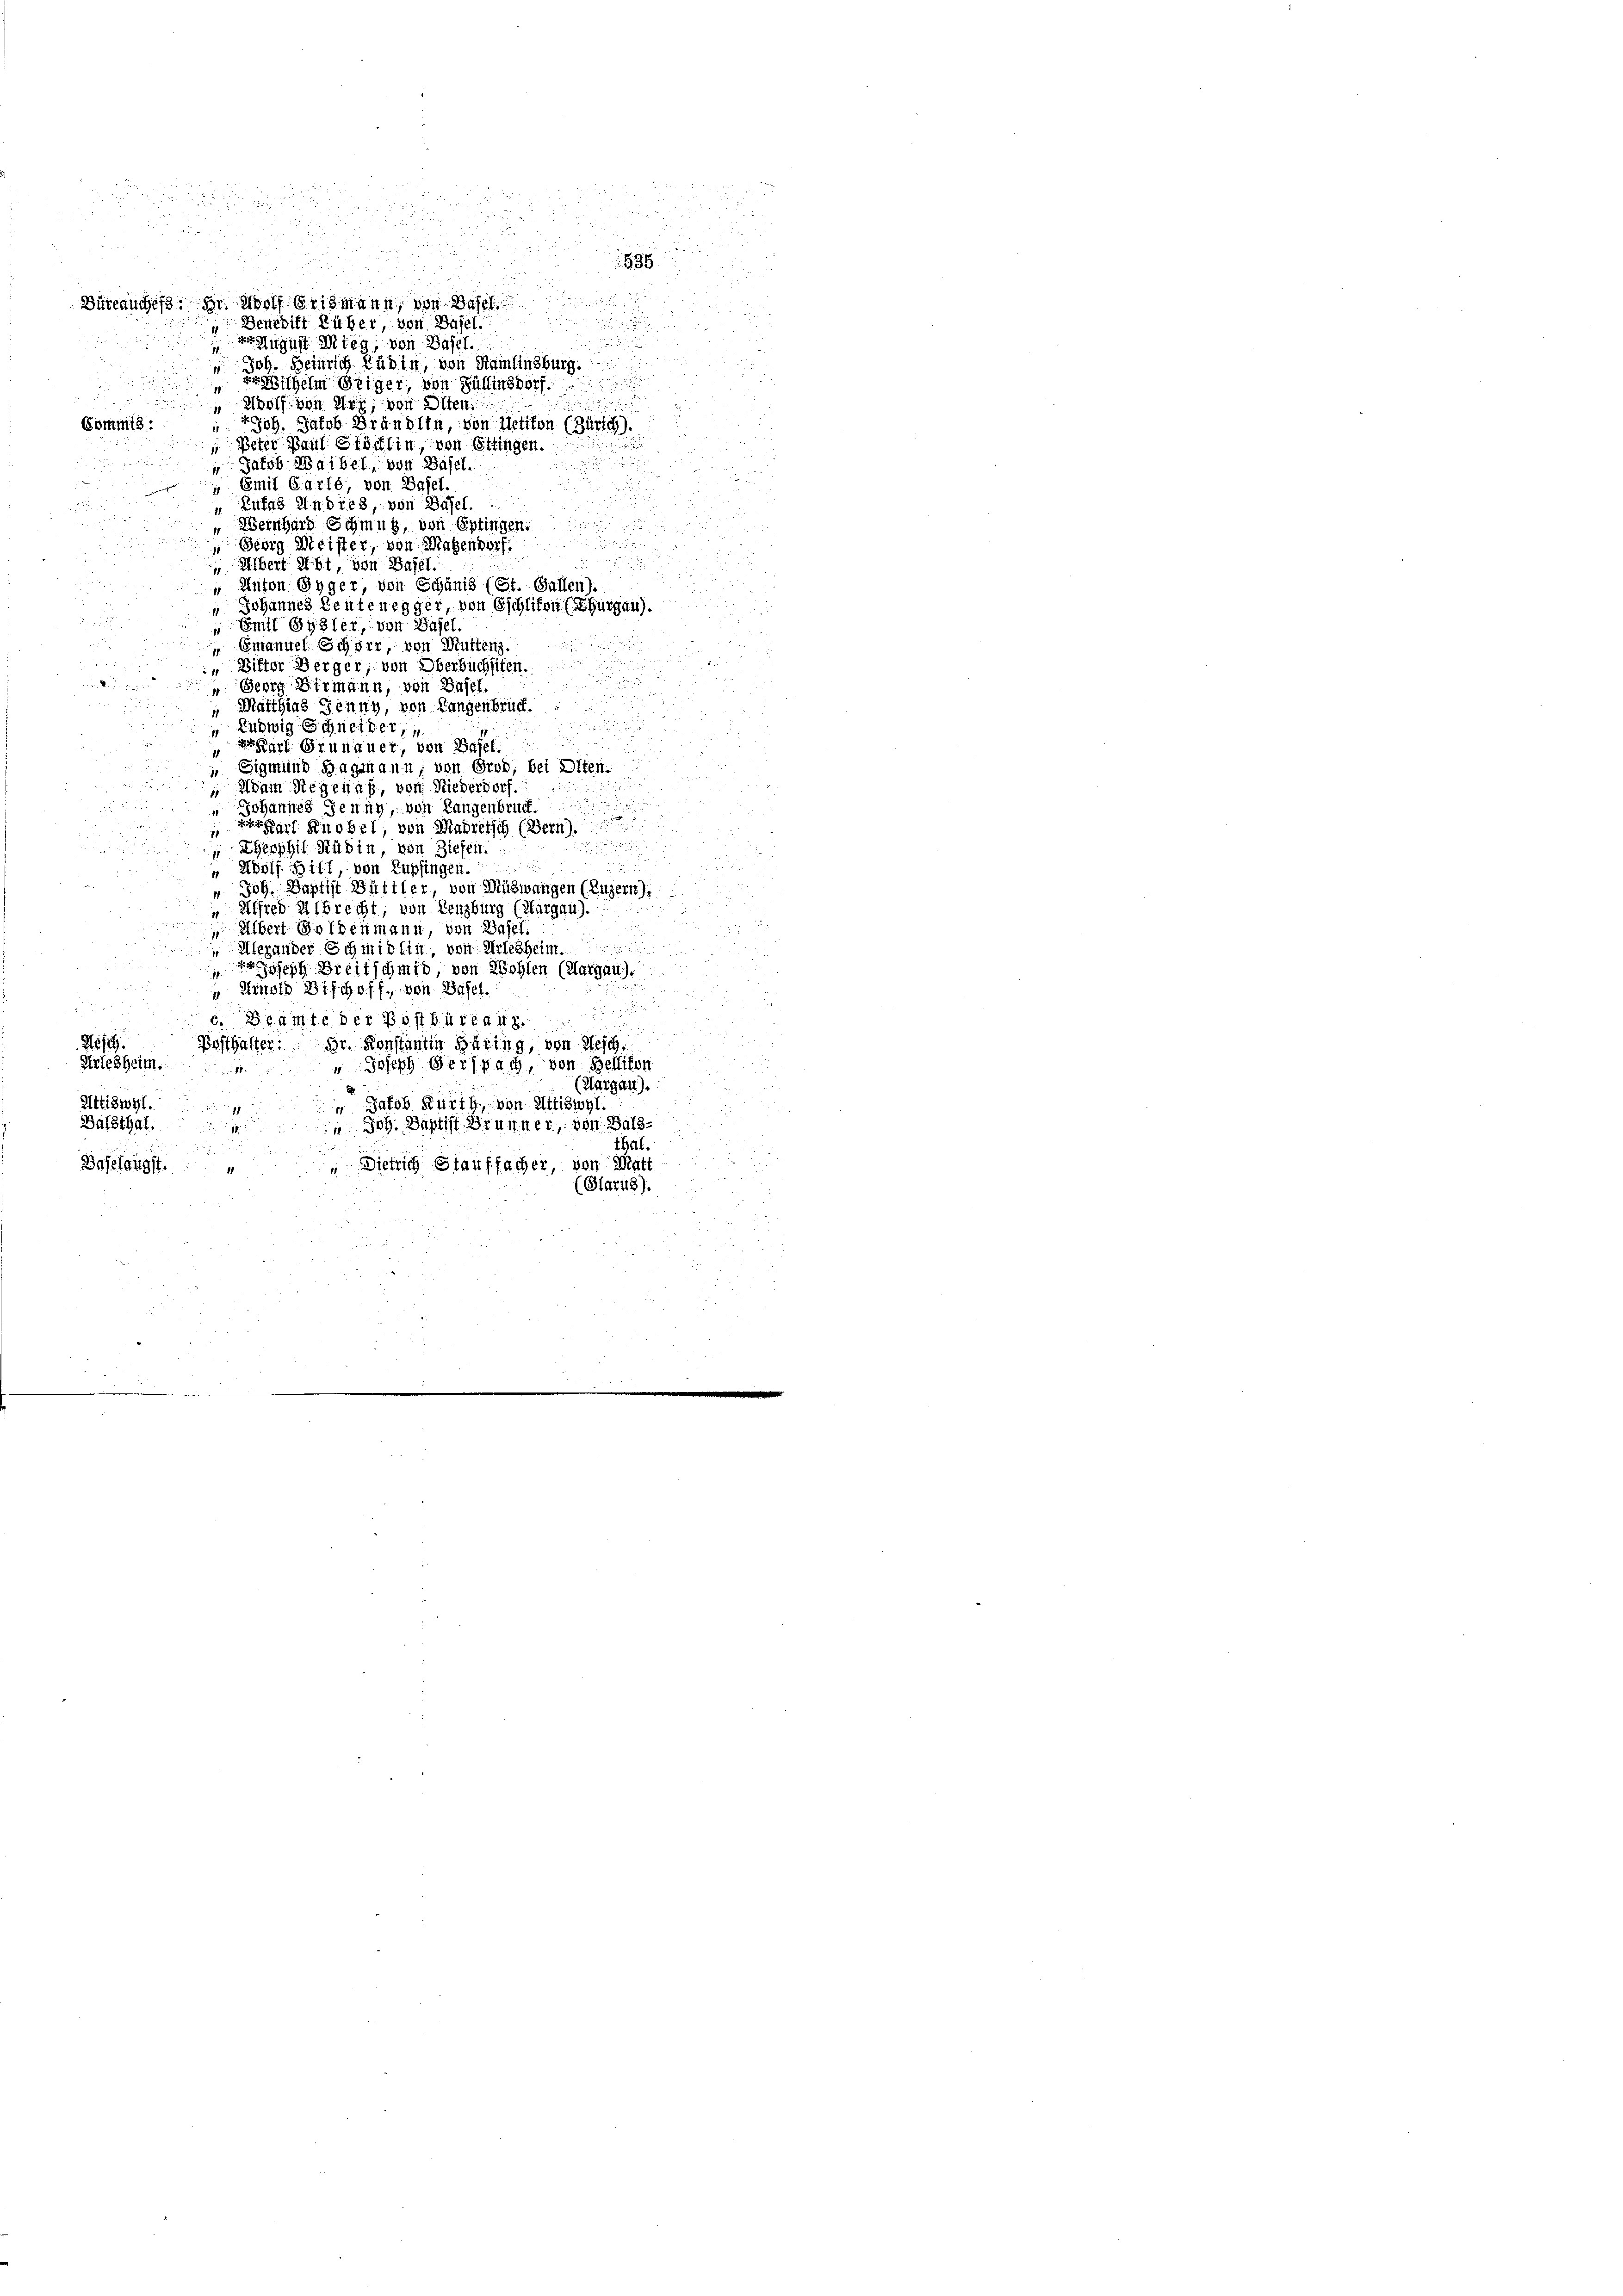
u

¬
.

.
836.
Büreauches. Hr. Wolf Brismann, von Basel

Denedikt liber, von Basel.

er August Mieg, von Basel.
Joh. Beinrich Rüdin, von Hamlinsburg.
rithelm Geiger, von Züllinsdorf.
n
" Wolf von Wir, von Olten.
 Joh. Jakob Brändlin, von Uetikon (Zürich).
Commis:
 Peter Paul Stöcklin, von Ettingen.
 Jakob Waibel, von Basel.
Emil Garlé, von Basel.
 Zutas Indies, von Basel.
 Wernhard Schmug, von Eptingen.
 Georg Meister, von Magendorf.
 Uibert ist, von Basel.
" Anton Gyger, von Schanis (St. Gallen).
" Johannes Leutenegger, von Eschliton (Thurgau).
 Emil Sydler, von Basel.
" Emanuel Schorr, von Muttenz.
u
" Witter Berger, von Oberbuchsten.
 Georg Birmann, von Basel.
Matthias Jenny, von Langenbruch.
Ludwig Schneidet,

55
Karl Grünauer, von Basel.
1
 Sigmund Hagmann; von Grod, bei Olten.
2

 Adam Regenas, von Niederdorf.
2
u
Johannes Genug, von Langenbruck.
Karl Knobel, von Madretsch (Bern)
g

Theophil. Rubin, von Ziefen.

.
Adolf Bill, von Lupfingen.
Joh. Baptist Bettler, von Mühwangen (Luzern.
Alfred Albrecht, von Lenzburg (Margau).
 Albert Goldenmann, von Basel.
.
Herander Schmidlin von Wiesheim
 Joseph Breitschmid, von Wohlen (Margau).
" Arnold Bischoff, von Basel.

c. Beamte der Postbüreau
 32
Seich
Pesthalter. Dr. Konstantin Haring, von Besch
i
Arlesheim.
" Joseph Perspach, von Bellikon
17.
(Aargau).
Attiswyl.
“ Jakob Kürth, von Attiswyl.
u
Balsthal.
18.
" Joh. Baptist Brunner, von Balsthal.
Baselangst.
" Dietrich Stauffacher, von Math
(Glarus).